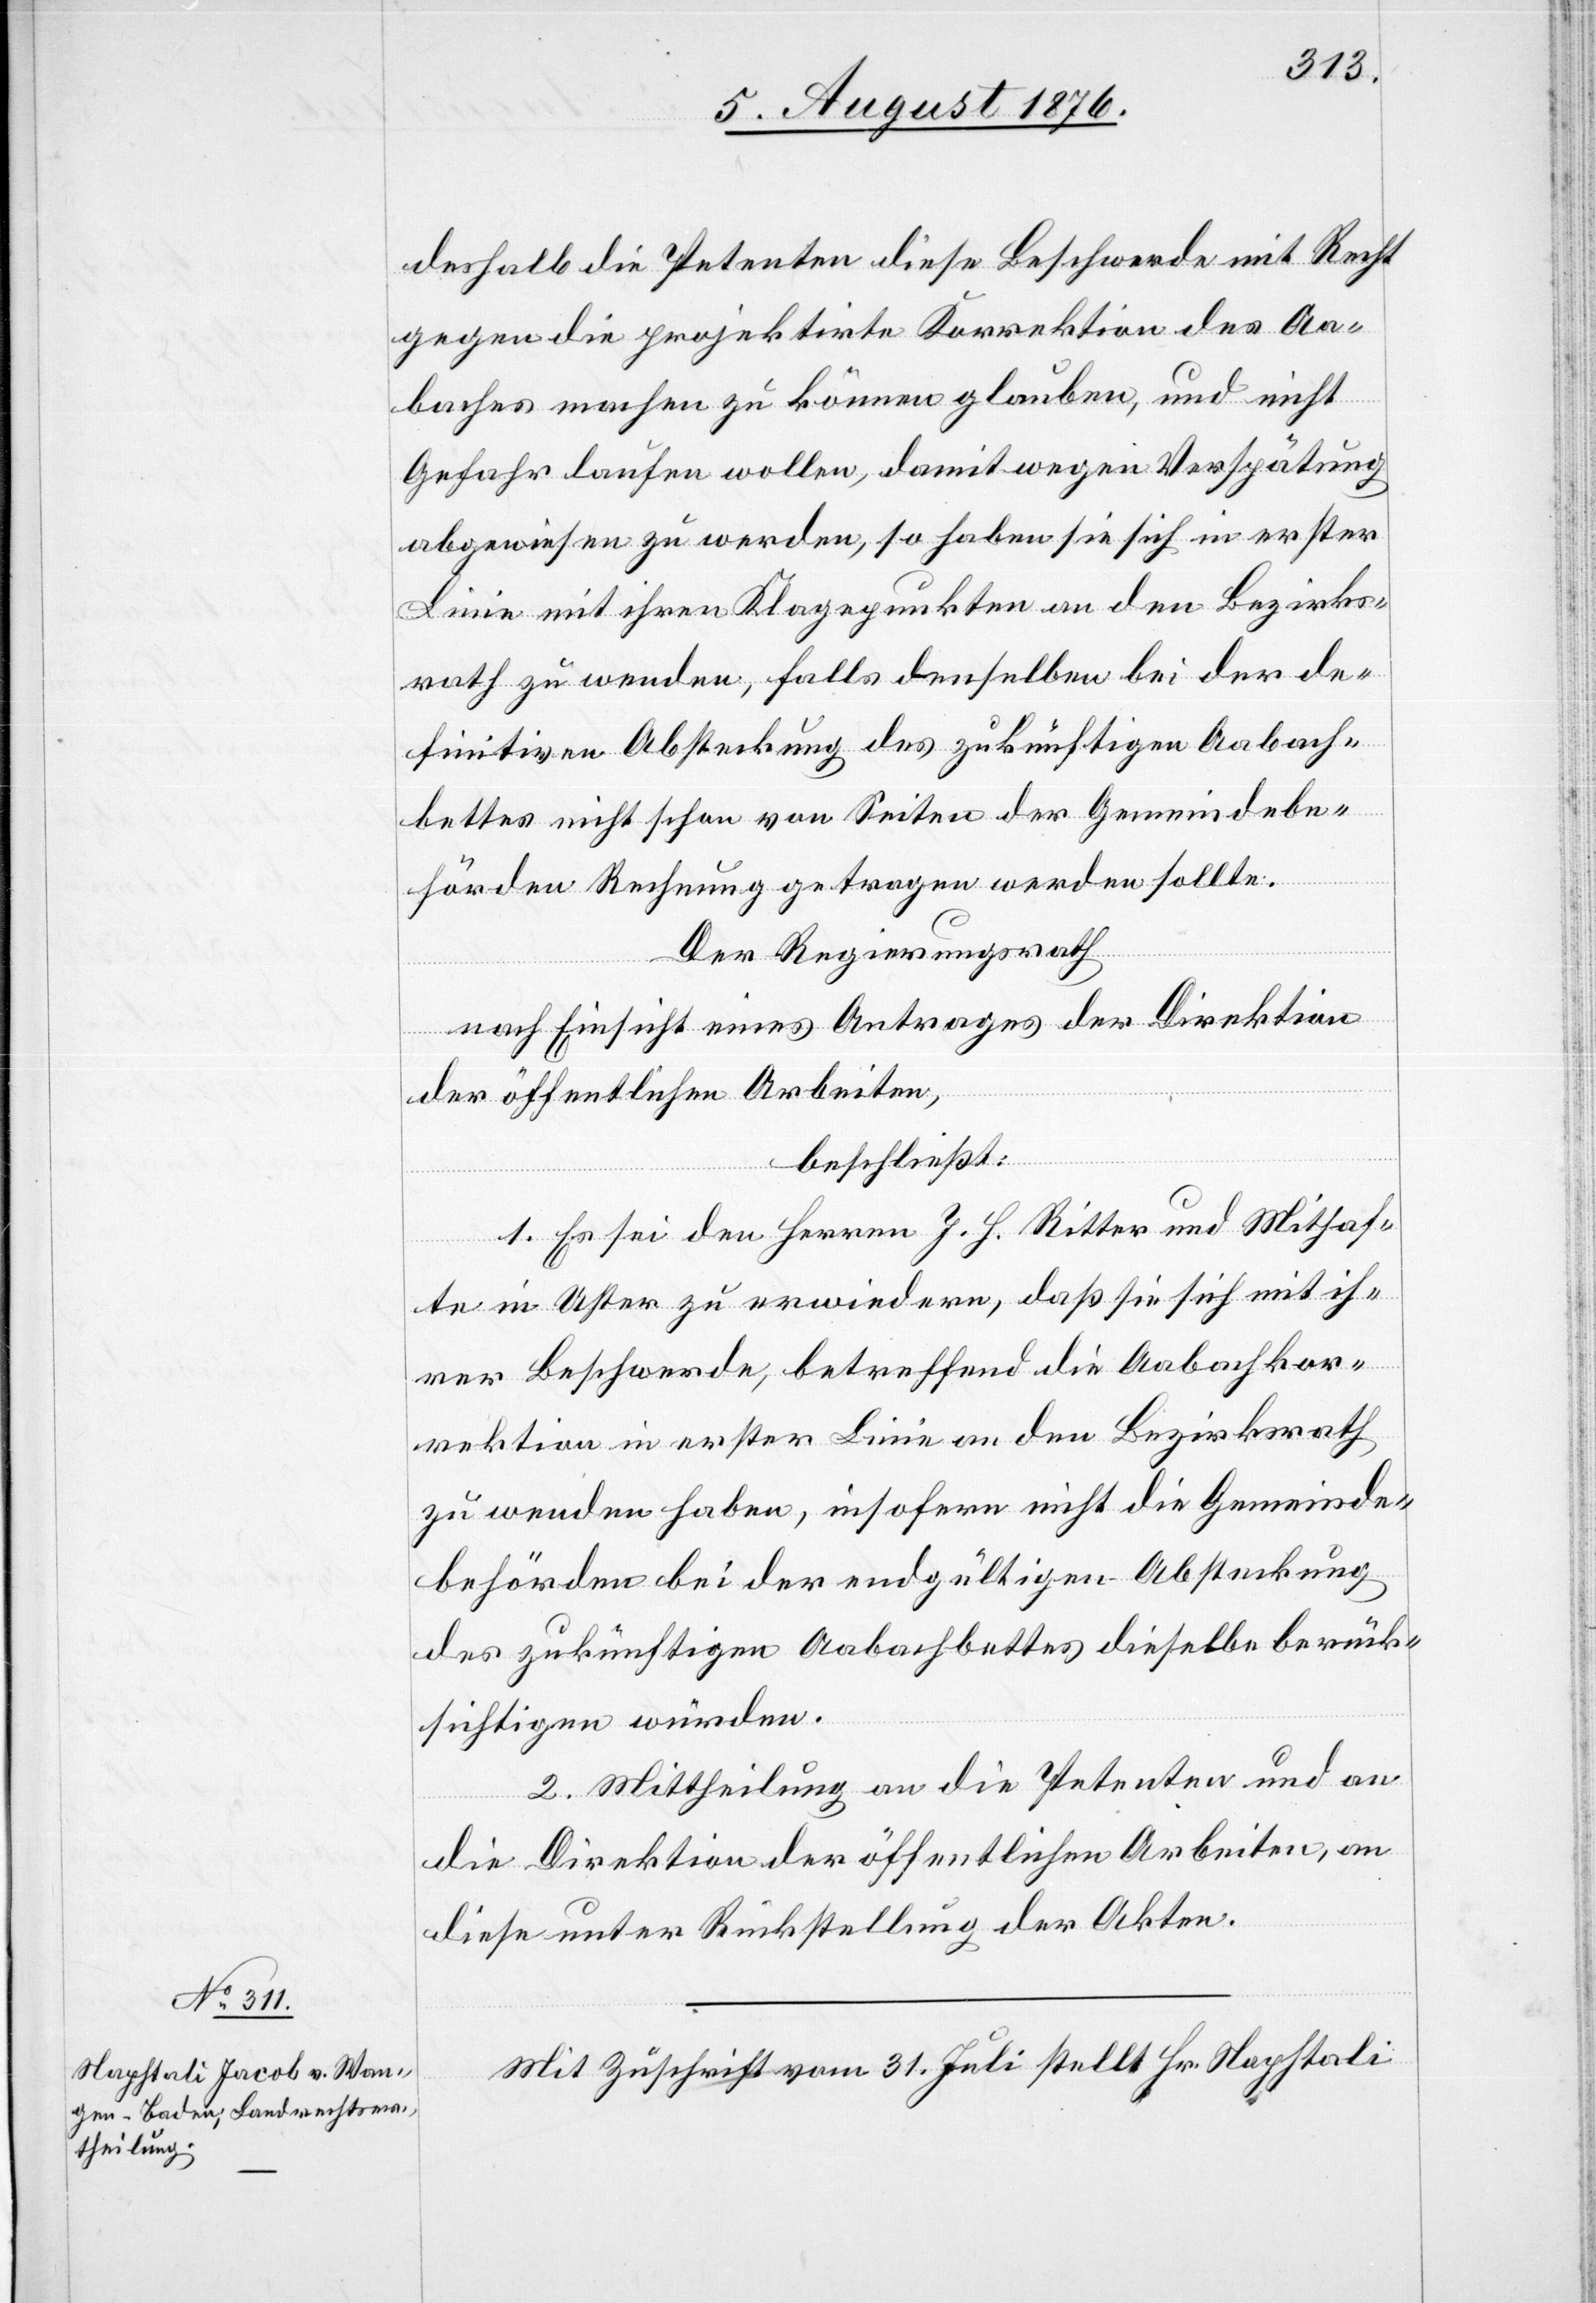
deshalb die Petenten diese Beschwerde mit Recht
gegen die projektirte Korrektion des Aa¬
baches machen können glauben, und nicht
Gefahr laufen wollen damit wegen Verspätung
abgewiesen zu werden, so haben sie sich in erster
Linie mit ihren Klagepunkten an den Bezirks¬
rath zu wenden, falls denselben bei der de¬
finitiven Absteckung des zukünftigen Aabach¬
bettes nicht schon von Seiten der Gemeindebe¬
hörden Rechnung getragen werden sollte.
Der Regierungsrath
nach Einsicht eines Antrages der Direktion
der öffentlichen Arbeiten,
beschließt:
1. Es sei den Herren J. H. Ritter und Mithaf¬
te in Uster zu erwiedern, daß sie sich mit ih¬
rer Beschwerde, betreffend die Aabachkor¬
rektion in erster Linie an den Bezirksrath
zu wenden haben, insofern nicht die Gemeinde¬
behörden bei der endgültigen Absteckung
des zukünftigen Aabachbettes dieselbe berück¬
sichtigen würden.
2. Mittheilung an die Petenten und an
die Direktion der öffentlichen Arbeiten, an
diese unter Rückstellung der Akten.
Mit Zuschrift vom 31. Juli stellt Hr. Naphtali